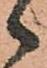
々